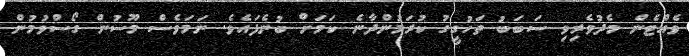
ވެއްޓެން މެދުވެރިވި ސަބަބު ތަހުގީގު ކުރަމުންދާނެ ކަމަށް ބުނެފައެވެ. ނަމަވެސް މޫސުން ގޯސްވުމުން